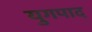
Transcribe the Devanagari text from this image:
युगपाद